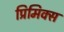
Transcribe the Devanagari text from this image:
प्रिमिक्स